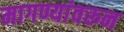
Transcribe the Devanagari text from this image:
मागण्यांवरून